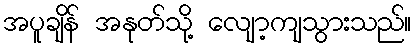
အပူချိန် အနုတ်သို့ လျော့ကျသွားသည်။